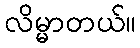
လိမ္မာတယ်။